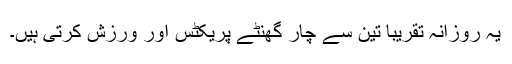
یہ روزانہ تقریباً تین سے چار گھنٹے پریکٹس اور ورزش کرتی ہیں۔